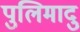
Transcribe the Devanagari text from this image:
पुलिमादु